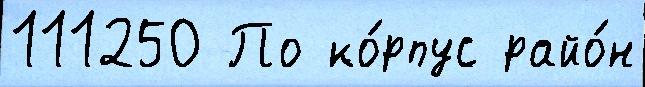
111250 По ко́рпус райо́н